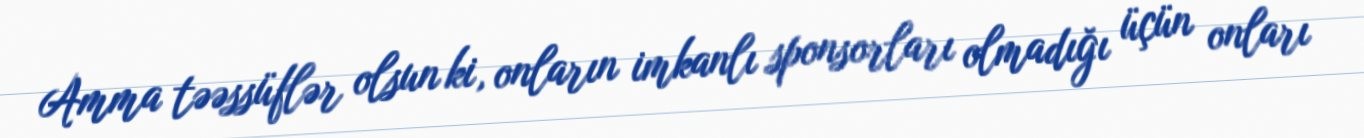
Amma təəssüflər olsun ki, onların imkanlı sponsorları olmadığı üçün onları